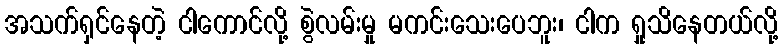
အသက်ရှင်နေတဲ့ ငါကောင်လို့ စွဲလမ်းမှု မကင်းသေးပေဘူး၊ ငါက ရှုသိနေတယ်လို့